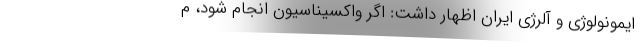
ایمونولوژی و آلرژی ایران اظهار داشت: اگر واکسیناسیون انجام شود، م